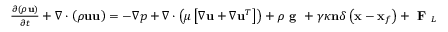
\begin{array} { r } { \frac { \partial \left( \rho \mathbf { u } \right) } { \partial t } + \nabla \cdot \left( \rho \mathbf { u u } \right) = - \nabla p + \nabla \cdot \left( \mu \left[ \nabla \mathbf { u } + \nabla \mathbf { u } ^ { T } \right] \right) + \rho \textbf { g } + \gamma \kappa \mathbf { n } \delta \left( \mathbf { x } - \mathbf { x } _ { f } \right) + \textbf { F } _ { L } } \end{array}